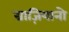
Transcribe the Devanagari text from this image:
ग्राज़ियानो